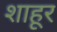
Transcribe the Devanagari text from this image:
शाहूर